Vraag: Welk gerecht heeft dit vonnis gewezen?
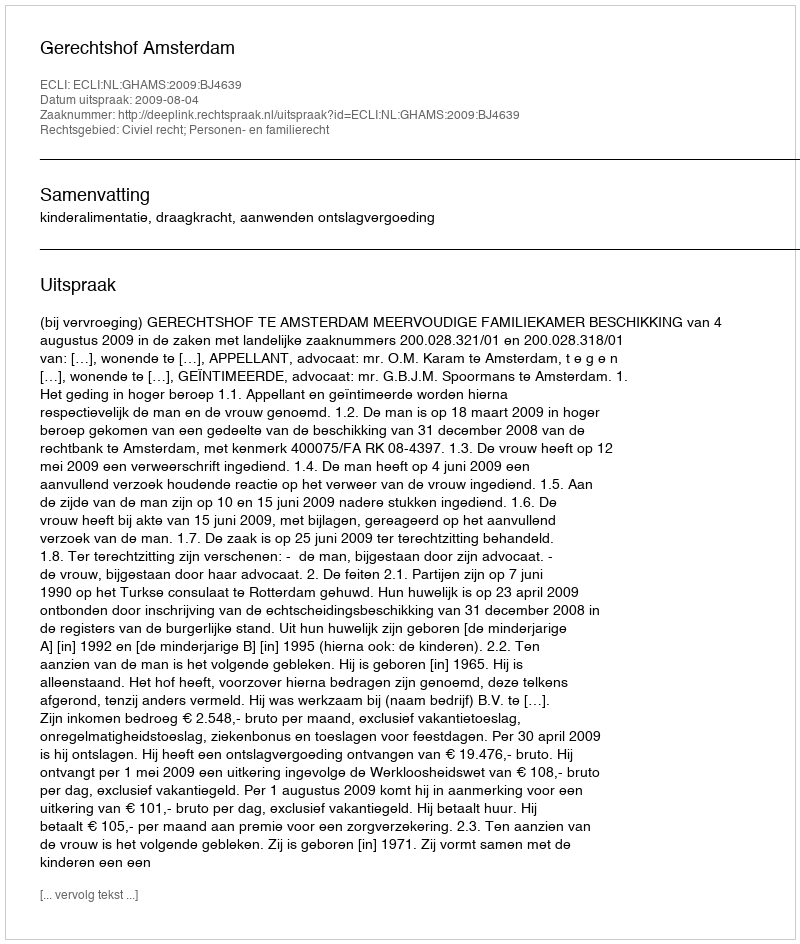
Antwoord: Gerechtshof Amsterdam